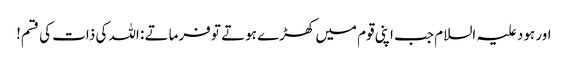
اور ہود علیہ السلام جب اپنی قوم میں کھڑے ہوتے تو فرماتے : اللہ کی ذات کی قسم!